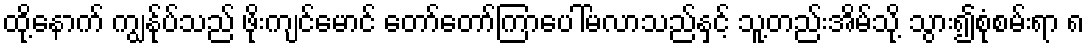
ထို့နောက် ကျွန်ုပ်သည် ဖိုးကျင်မောင် တော်တော်ကြာပေါ်မလာသည်နှင့် သူ့တည်းအိမ်သို့ သွား၍စုံစမ်းရာ ၈